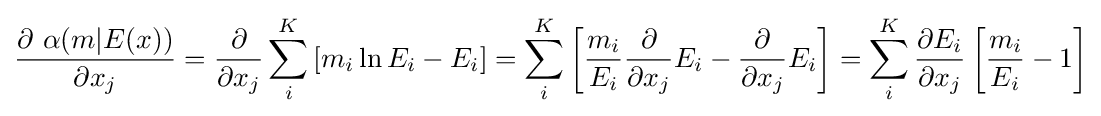
{\frac {\partial \ \alpha (m\vert E(x))}{\partial x_{j}}}={\frac {\partial }{\partial x_{j}}}\sum _{i}^{K}\left[m_{i}\ln E_{i}-E_{i}\right]=\sum _{i}^{K}\left[{\frac {m_{i}}{E_{i}}}{\frac {\partial }{\partial x_{j}}}E_{i}-{\frac {\partial }{\partial x_{j}}}E_{i}\right]=\sum _{i}^{K}{\frac {\partial E_{i}}{\partial x_{j}}}\left[{\frac {m_{i}}{E_{i}}}-1\right]